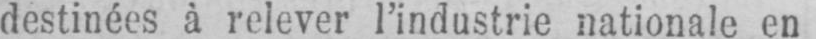
destinées à relever l’industrie nationale en